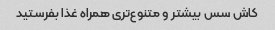
کاش سس بیشتر و متنوع‌تری همراه غذا بفرستید